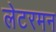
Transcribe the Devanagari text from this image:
लेटरमन